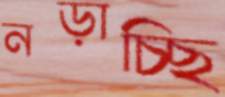
নড়াচ্ছি